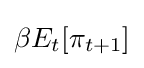
\beta E_{t}[\pi _{t+1}]